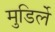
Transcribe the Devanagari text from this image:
मुडिर्ले